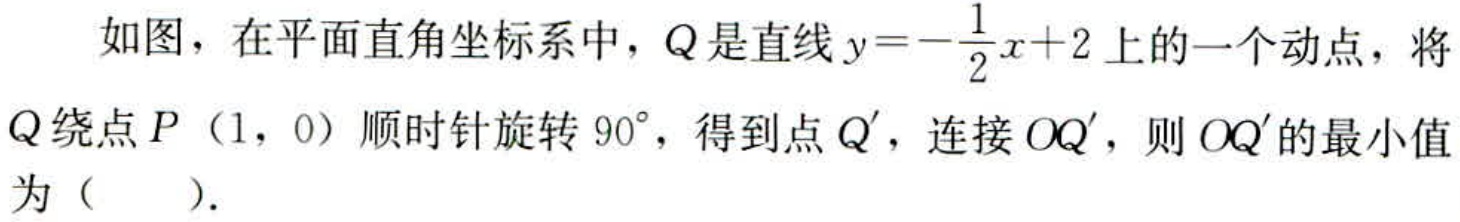
如图，在平面直角坐标系中，\(Q\)是直线\(y = -\frac{1}{2}x + 2\)上的一个动点，将\(Q\)绕点\(P(1,0)\)顺时针旋转\(90^{\circ}\)，得到点\(Q'\)，连接\(OQ'\)，则\(OQ'\)的最小值为（  ）.